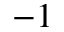
^ { - 1 }